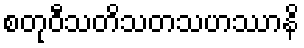
စတုဝီသတိသတသဟဿာနိ